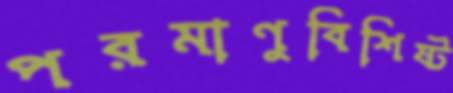
পরমাণুবিশিষ্ট